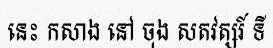
នេះ កសាង នៅ ចុង សតវត្សរ៍ ទី